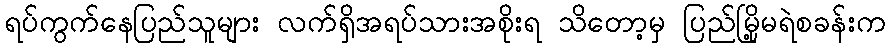
ရပ်ကွက်နေပြည်သူများ လက်ရှိအရပ်သားအစိုးရ သိတော့မှ ပြည်မြို့မရဲစခန်းက